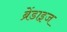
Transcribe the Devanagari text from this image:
ब्रेंडाइज